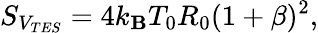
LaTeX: S_{V_{TES}}=4k_{\mathbf{B}}T_{0}R_{0}(1+\beta)^{2},